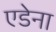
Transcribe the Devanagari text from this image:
एडेना